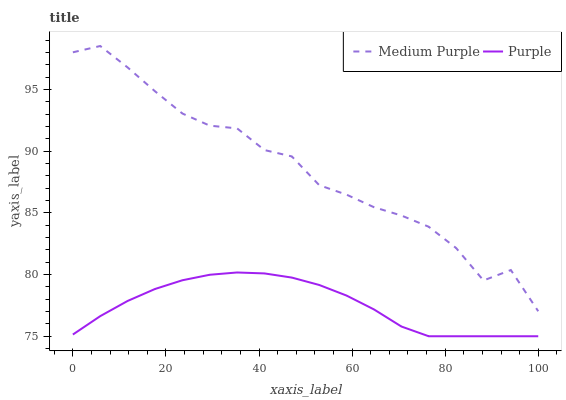
| xaxis_label | Medium Purple | Purple |
 | --- | --- | --- |
 | 0 | 98 | 75.1 |
 | 5.88 | 98.5 | 76.6 |
 | 11.8 | 96.8 | 77.9 |
 | 17.6 | 94.9 | 78.8 |
 | 23.5 | 93 | 79.5 |
 | 29.4 | 92.1 | 80 |
 | 35.3 | 91.8 | 80.2 |
 | 41.2 | 90.1 | 80.1 |
 | 47.1 | 89.6 | 79.8 |
 | 52.9 | 87.2 | 79.2 |
 | 58.8 | 86.5 | 78.3 |
 | 64.7 | 85.5 | 77.2 |
 | 70.6 | 84.8 | 75.8 |
 | 76.5 | 83.9 | 75 |
 | 82.4 | 82.1 | 75 |
 | 88.2 | 79.5 | 75 |
 | 94.1 | 80.4 | 75 |
 | 100 | 77 | 75 |